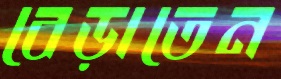
বেড়াতেন